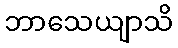
ဘာသေယျာသိ